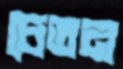
চেতন